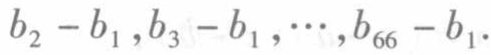
\(b_{2}-b_{1},b_{3}-b_{1},\cdots,b_{66}-b_{1}\)